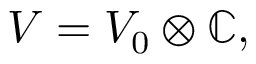
V = V _ { 0 } \otimes \mathbb { C } ,